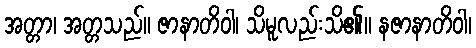
အတ္တာ၊ အတ္တသည်။ ဇာနာတိဝါ၊ သိမူလည်းသိ၏။ နဇာနာတိဝါ၊